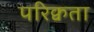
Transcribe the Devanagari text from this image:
परिक्वता